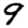
Digit: 9